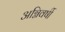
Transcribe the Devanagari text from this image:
अग्निवर्षी